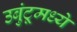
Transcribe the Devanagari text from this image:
उबुंटूमध्ये